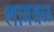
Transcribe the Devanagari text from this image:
लागवळ